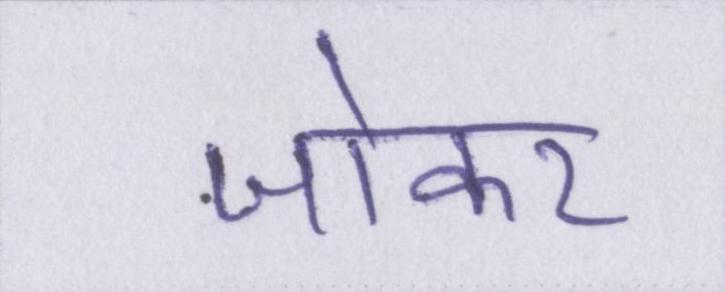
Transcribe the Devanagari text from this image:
जोकर